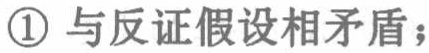
\textcircled{1} 与反证假设相矛盾；